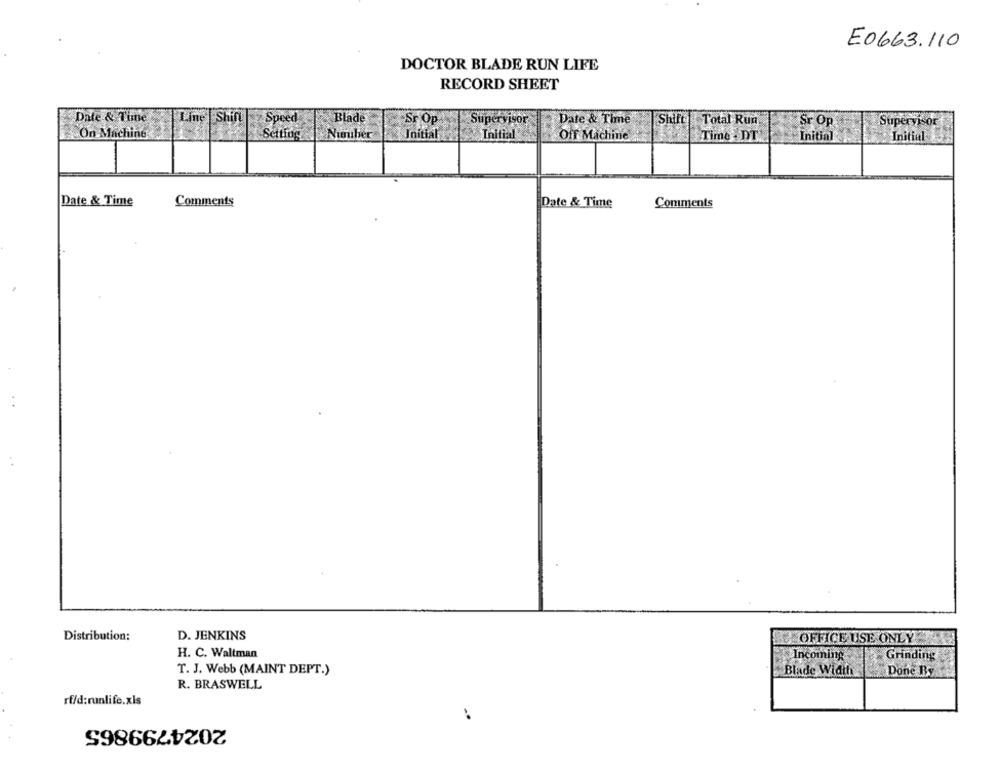
E0663.110
DOCTOR BLADE RUN LIFE
RECORD SHEET
Blade
Date & Time
Line |Shift
Speed
Sr Op
Supervisor
Date & Time
Shift
Total Run
Sr Op
Supervisor
On Machine
Setting
Number
Initial
Initial
Off Machine
Time: DT
Initial
Initial
Date & Time
Comments
Date & Time
Comments
Distribution:
D. JENKINS
OFFICE USE ONLY
H. C. Waltman
Incoming
Grinding
T. J. Webb (MAINT DEPT.)
Blade Width
Done By
R. BRASWELL
rf/d:runlife.xls
2024799865